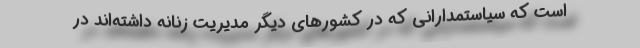
است که سیاستمدارانی که در کشورهای دیگر مدیریت زنانه داشته‌اند در